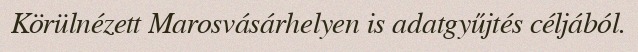
Körülnézett Marosvásárhelyen is adatgyűjtés céljából.